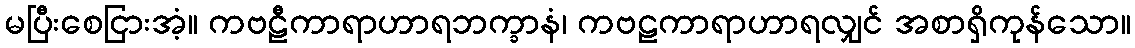
မပြီးစေငြားအံ့။ ကဗဠီကာရာဟာရဘက္ခာနံ၊ ကဗဠကာရာဟာရလျှင် အစာရှိကုန်သော။